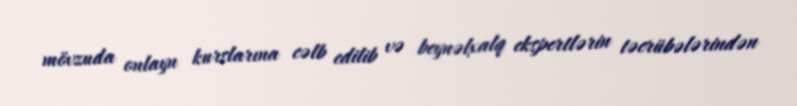
mövzuda onlayn kurslarına cəlb edilib və beynəlxalq ekspertlərin təcrübələrindən